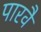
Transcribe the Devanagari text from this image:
पारवै